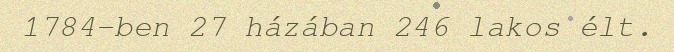
1784-ben 27 házában 246 lakos élt.